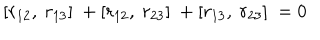
LaTeX: [ r _ { 1 2 } , ~ r _ { 1 3 } ] ~ + [ r _ { 1 2 } , ~ r _ { 2 3 } ] ~ + [ r _ { 1 3 } , ~ r _ { 2 3 } ] ~ = 0